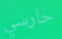
حارسي